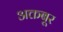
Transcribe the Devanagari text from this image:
अक्तबूर